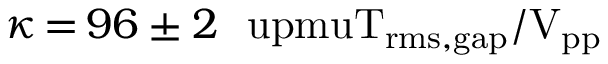
\kappa \, { = } \, 9 6 \pm 2 ~ \mathrm { \ u p m u T _ { r m s , g a p } / V _ { p p } }